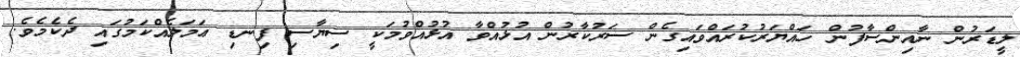
ލީޑަރުން ނާއިންސާފުން ހައްޔަރުކުރައްވައިގެން ސަރުކާރުން އުޅުއްވާ އުޅުއްވުމަކީ ސިޔާސި ފިނޑި ޢަމަލެއްކަމުގައި ދެކެމެވެ.